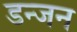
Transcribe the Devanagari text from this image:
डन्जन